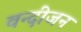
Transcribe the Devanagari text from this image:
वन्दीजन